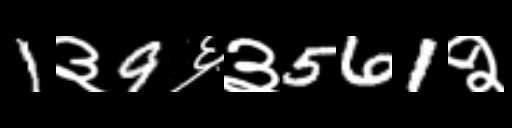
Text: 1३9६३561२